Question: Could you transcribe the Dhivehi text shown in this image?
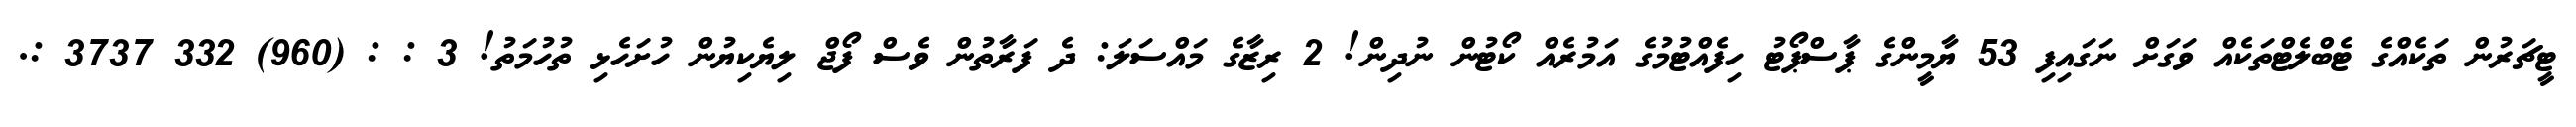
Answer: ޓީޗަރުން ތަކެއްގެ ޓެބްލެޓްތަކެއް ވަގަށް ނަގައިފި 53 ޔާމީންގެ ޕާސްޕޯޓު ހިފެއްޓުމުގެ އަމުރެއް ކޯޓުން ނުދިން! 2 ރިޒާގެ މައްސަލަ: ދެ ފަރާތުން ވެސް ފޯޖް ލިޔެކިޔުން ހުށަހެޅި ތުހުމަތު! 3 : : (960) 332 3737 :.